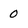
Character: 0